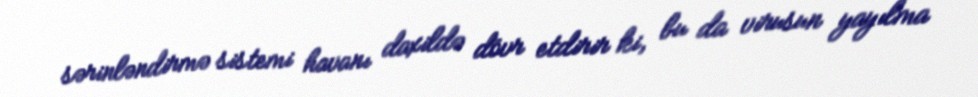
sərinləndirmə sistemi havanı daxildə dövr etdirir ki, bu da virusun yayılma